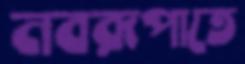
নবরূপাতে